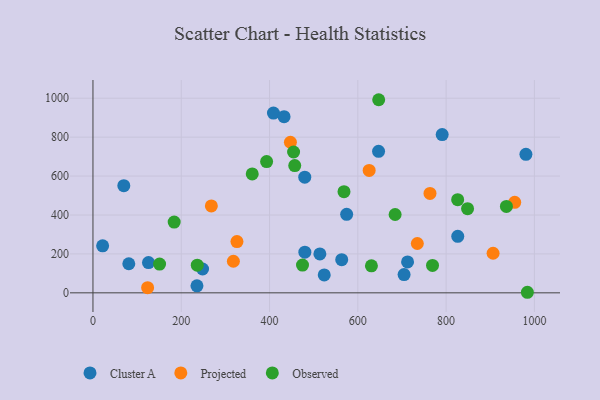
{"axis": {"x": "Engine Size", "y": "Fuel Efficiency"}, "legend": ["Cluster A", "Observed", "Projected"], "data": [{"x": "704.8", "y": 93.7, "type": "Cluster A"}, {"x": "647.0", "y": 727.0, "type": "Cluster A"}, {"x": "980.8", "y": 711.6, "type": "Cluster A"}, {"x": "125.8", "y": 155.3, "type": "Cluster A"}, {"x": "81.2", "y": 149.5, "type": "Cluster A"}, {"x": "69.9", "y": 550.7, "type": "Cluster A"}, {"x": "479.8", "y": 594.5, "type": "Cluster A"}, {"x": "712.7", "y": 159.0, "type": "Cluster A"}, {"x": "408.9", "y": 923.4, "type": "Cluster A"}, {"x": "574.7", "y": 403.6, "type": "Cluster A"}, {"x": "514.0", "y": 199.9, "type": "Cluster A"}, {"x": "235.6", "y": 36.0, "type": "Cluster A"}, {"x": "791.1", "y": 813.4, "type": "Cluster A"}, {"x": "480.0", "y": 209.0, "type": "Cluster A"}, {"x": "523.9", "y": 92.0, "type": "Cluster A"}, {"x": "432.9", "y": 905.3, "type": "Cluster A"}, {"x": "563.5", "y": 170.4, "type": "Cluster A"}, {"x": "826.4", "y": 290.3, "type": "Cluster A"}, {"x": "248.3", "y": 122.6, "type": "Cluster A"}, {"x": "21.9", "y": 241.4, "type": "Cluster A"}, {"x": "318.1", "y": 162.4, "type": "Projected"}, {"x": "326.2", "y": 263.2, "type": "Projected"}, {"x": "906.4", "y": 203.5, "type": "Projected"}, {"x": "268.2", "y": 446.8, "type": "Projected"}, {"x": "625.7", "y": 628.8, "type": "Projected"}, {"x": "763.5", "y": 510.8, "type": "Projected"}, {"x": "955.4", "y": 465.3, "type": "Projected"}, {"x": "734.8", "y": 253.4, "type": "Projected"}, {"x": "123.8", "y": 26.5, "type": "Projected"}, {"x": "447.3", "y": 773.7, "type": "Projected"}, {"x": "184.0", "y": 363.7, "type": "Observed"}, {"x": "454.5", "y": 723.6, "type": "Observed"}, {"x": "848.6", "y": 432.5, "type": "Observed"}, {"x": "150.9", "y": 147.6, "type": "Observed"}, {"x": "984.1", "y": 2.9, "type": "Observed"}, {"x": "684.5", "y": 402.6, "type": "Observed"}, {"x": "769.2", "y": 141.0, "type": "Observed"}, {"x": "647.3", "y": 992.2, "type": "Observed"}, {"x": "393.4", "y": 674.6, "type": "Observed"}, {"x": "474.7", "y": 142.9, "type": "Observed"}, {"x": "236.3", "y": 142.2, "type": "Observed"}, {"x": "457.1", "y": 653.7, "type": "Observed"}, {"x": "360.8", "y": 611.0, "type": "Observed"}, {"x": "936.6", "y": 444.0, "type": "Observed"}, {"x": "826.2", "y": 478.8, "type": "Observed"}, {"x": "630.8", "y": 138.8, "type": "Observed"}, {"x": "568.7", "y": 519.9, "type": "Observed"}]}